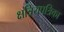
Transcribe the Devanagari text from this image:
क्षत्रियपत्रिका